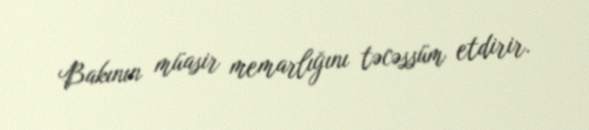
Bakının müasir memarlığını təcəssüm etdirir.